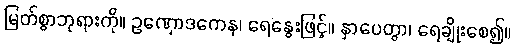
မြတ်စွာဘုရားကို။ ဥဏှောဒကေန၊ ရေနွေးဖြင့်။ နှာပေတွာ၊ ရေချိုးစေ၍။